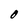
Character: O